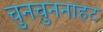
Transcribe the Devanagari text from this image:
चुनचुननाहट